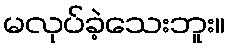
မလုပ်ခဲ့သေးဘူး။